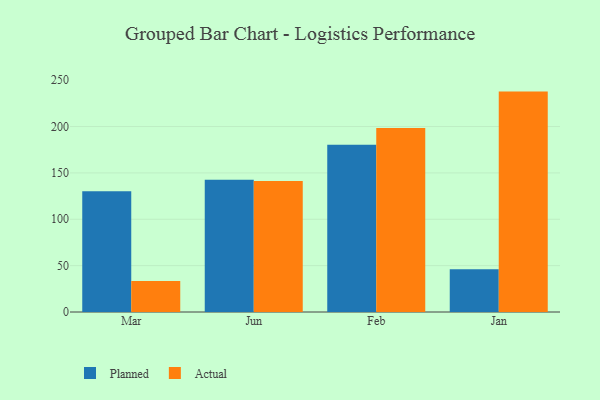
{"axis": {"x": "Month", "y": "LTV (USD)"}, "legend": ["Actual", "Planned"], "data": [{"x": "Mar", "y": 130.1, "type": "Planned"}, {"x": "Mar", "y": 33.5, "type": "Actual"}, {"x": "Jun", "y": 142.7, "type": "Planned"}, {"x": "Jun", "y": 141.2, "type": "Actual"}, {"x": "Feb", "y": 180.4, "type": "Planned"}, {"x": "Feb", "y": 198.5, "type": "Actual"}, {"x": "Jan", "y": 46.0, "type": "Planned"}, {"x": "Jan", "y": 237.7, "type": "Actual"}]}